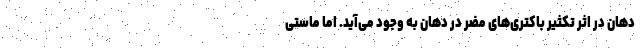
دهان در اثر تکثیر باکتری‌های مضر در دهان به وجود می‌آید. اما ماستی